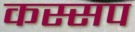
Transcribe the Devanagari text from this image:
कस्सप